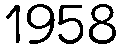
1958